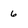
Character: 6